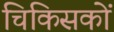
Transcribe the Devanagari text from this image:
चिकिसकों